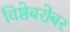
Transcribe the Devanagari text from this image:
विष्ठेबरोबर